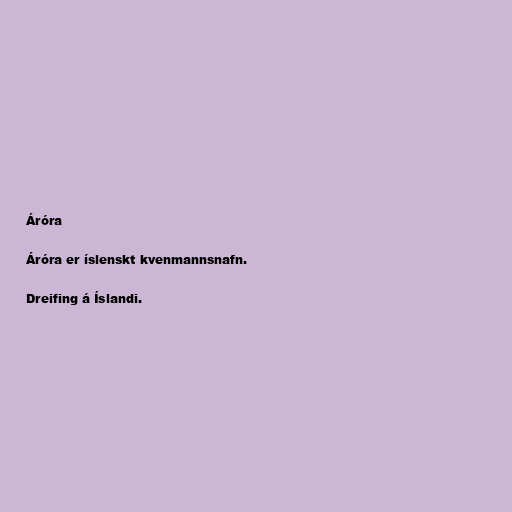
Áróra

Áróra er íslenskt kvenmannsnafn.

Dreifing á Íslandi.